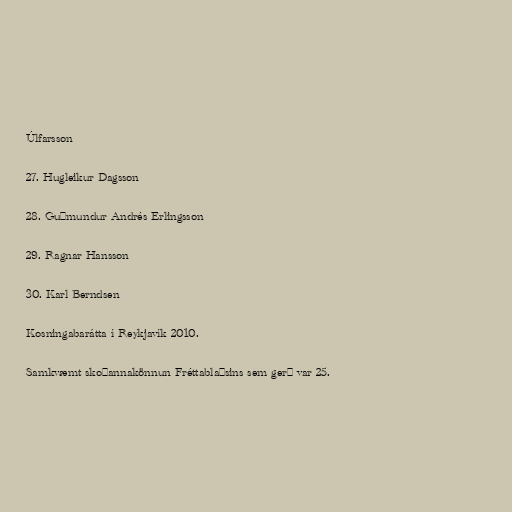
Úlfarsson

27. Hugleikur Dagsson

28. Guðmundur Andrés Erlingsson

29. Ragnar Hansson

30. Karl Berndsen

Kosningabarátta í Reykjavík 2010.

Samkvæmt skoðannakönnun Fréttablaðsins sem gerð var 25.